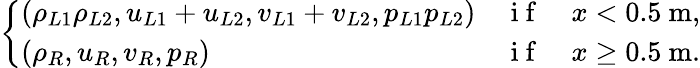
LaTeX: \left\{ \begin{array}{lll}{\left(\rho_{L1}\rho_{L2},u_{L1}+u_{L2},v_{L1}+v_{L2},p_{L1}p_{L2}\right)}&{\mathrm{~i~f~}}&{x<0.5\mathrm{~m},}\\ {\left(\rho_{R},u_{R},v_{R},p_{R}\right)}&{\mathrm{~i~f~}}&{x\geq 0.5\mathrm{~m}.}\end{array}\right.